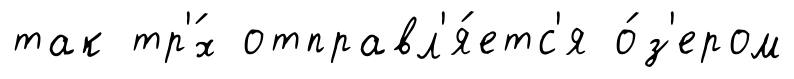
так тр'́х отправл'я́етс'я о́з'ером